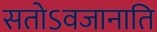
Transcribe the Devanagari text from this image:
सतोऽवजानाति